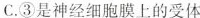
C.③是神经细胞膜上的受体